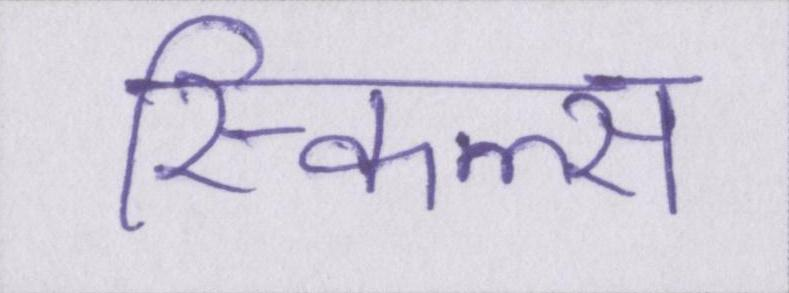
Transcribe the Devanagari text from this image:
स्किल्स